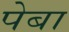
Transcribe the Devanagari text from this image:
पेबा